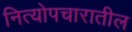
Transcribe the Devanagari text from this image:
नित्योपचारातील